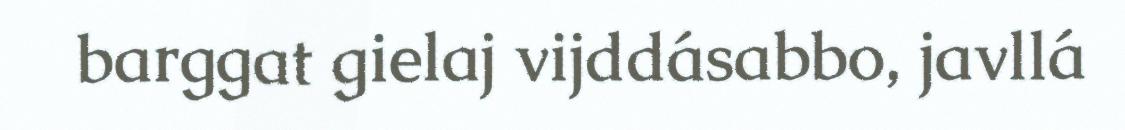
barggat gielaj vijddásabbo, javllá